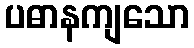
ပဓာနကျသော